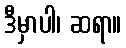
ဒီမှာပါ၊ ဆရာ။